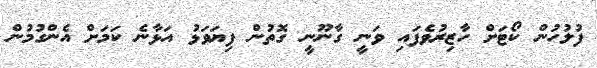
ފުލުހުން ކޯޓަށް ހާޒިރުވެފައި ވަނީ ގާނޫނީ ގޮތުން ފިޔަވަޅު އަޅާނެ ކަމަށް އެންގުމުން